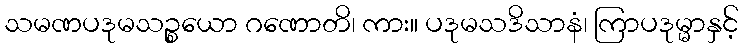
သမဏပဒုမသဉ္စယော ဂဏောတိ၊ ကား။ ပဒုမသဒိသာနံ၊ ကြာပဒုမ္မာနှင့်